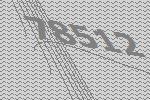
78512